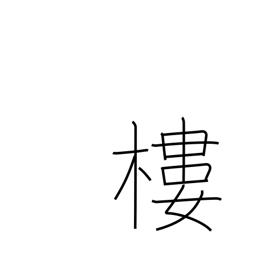
Meaning: turret